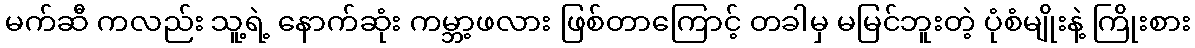
မက်ဆီ ကလည်း သူ့ရဲ့ နောက်ဆုံး ကမ္ဘာ့ဖလား ဖြစ်တာကြောင့် တခါမှ မမြင်ဘူးတဲ့ ပုံစံမျိုးနဲ့ ကြိုးစား